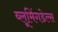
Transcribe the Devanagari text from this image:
ब्लूमिंगडेल्स